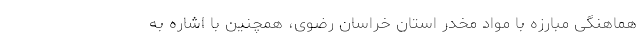
هماهنگی مبارزه با مواد مخدر استان خراسان رضوی، همچنین با اشاره به